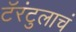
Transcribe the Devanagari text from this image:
टॅरंटुलाचं